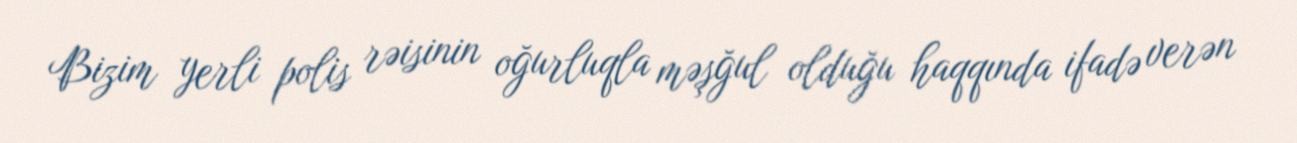
Bizim yerli polis rəisinin oğurluqla məşğul olduğu haqqında ifadə verən